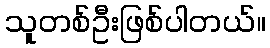
သူတစ်ဦးဖြစ်ပါတယ်။